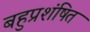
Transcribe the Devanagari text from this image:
बहुप्रशंषित